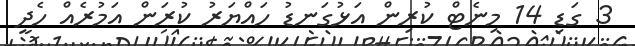
3 ގަޑި 14 މިނެޓް ކުރިން އަޅުގަނޑު ހައްޔަރު ކުރަން އަމުރެއް ހެދީ